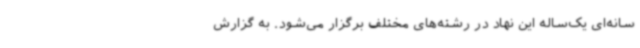
سانه‌ای یک‌ساله این نهاد در رشته‌های مختلف برگزار می‌شود. به گزارش